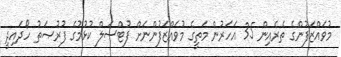
މުވައްޒަފުންގެ ތެރެއިން 35 އަހަރުން މަތީގެ މުވައްޒަފުންނަށް ފުޓްސަލް ކުޅުމުގެ ފުރުޞަތު ހޯދައިދީ